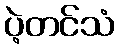
ပဲ့တင်သံ